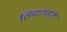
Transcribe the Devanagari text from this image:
लिया।पहले